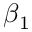
\beta _ { 1 }